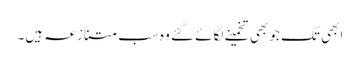
ابھی تک جو بھی تخمینے لگائے گئے وہ سب متنازعہ ہیں۔